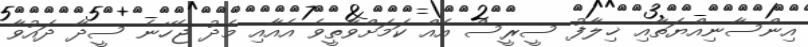
އިންސާނިއްޔަތާއި ޚިލާފު ސީރީސް އެއް ކަމަށްވާތީވެ އެއާއި މެދު ޖެހޭނެ ސީދާ ދައުވާ